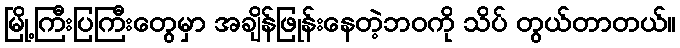
မြို့ကြီးပြကြီးတွေမှာ အချိန်ဖြုန်းနေတဲ့ဘဝကို သိပ် တွယ်တာတယ်။